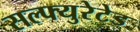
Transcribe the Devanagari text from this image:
सल्फ्युरेटेड